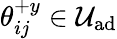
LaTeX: \mathcal{\theta}_{ij}^{+y}\in\mathcal{U}_{\textrm{ad}}